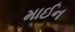
માઈન